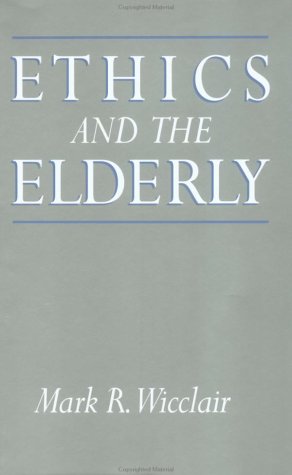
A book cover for Ethics and the Elderly; Mark R. Wicclair; Medical Books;